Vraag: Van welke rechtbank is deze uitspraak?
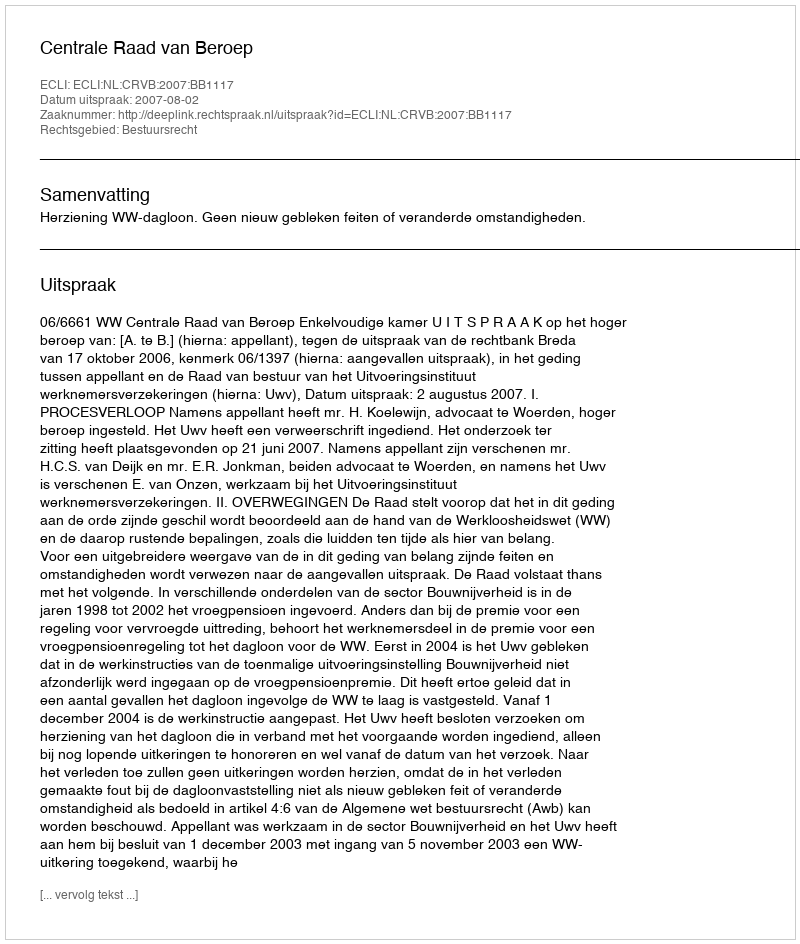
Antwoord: Centrale Raad van Beroep